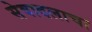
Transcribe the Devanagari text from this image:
सेवादलाचा